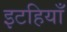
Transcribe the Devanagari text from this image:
इटहियाँ